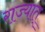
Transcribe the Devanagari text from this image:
राज्यात्